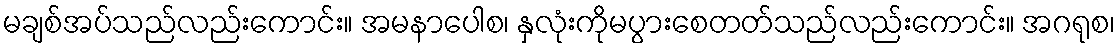
မချစ်အပ်သည်လည်းကောင်း။ အမနာပေါစ၊ နှလုံးကိုမပွားစေတတ်သည်လည်းကောင်း။ အဂရုစ၊